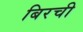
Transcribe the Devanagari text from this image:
बिरची